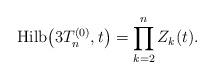
LaTeX: \begin{gather*} {\rm Hilb}\big(3T_n^{(0)},t\big) = \prod_{k=2}^{n} Z_{k}(t).\end{gather*}